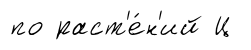
по раст'е́н'ий Ц